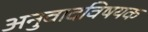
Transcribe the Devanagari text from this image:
अनुवादविषयक